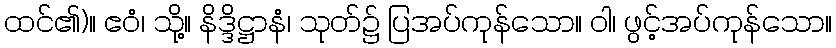
ထင်၏)။ ဧဝံ၊ သို့။ နိဒ္ဒိဋ္ဌာနံ၊ သုတ်၌ ပြအပ်ကုန်သော။ ဝါ၊ ဖွင့်အပ်ကုန်သော။